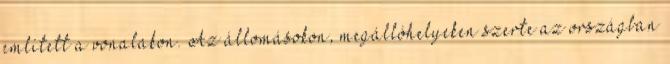
említett a vonalakon. Az állomásokon, megállóhelyeken szerte az országban